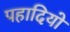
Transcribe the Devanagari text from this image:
पहादियो